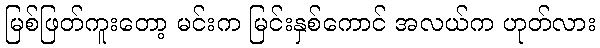
မြစ်ဖြတ်ကူးတော့ မင်းက မြင်းနှစ်ကောင် အလယ်က ဟုတ်လား